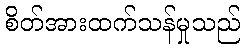
စိတ်အားထက်သန်မှုသည်